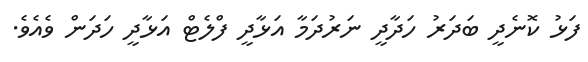
ފަޅު ކޮނެދީ ބަދަރު ހަދާދީ ނަރުދަމާ އަޅާދީ ފްލެޓް އަޅާދީ ހަދަން ވެއެވެ.